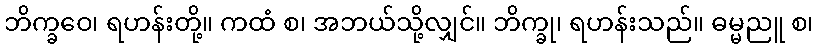
ဘိက္ခဝေ၊ ရဟန်းတို့။ ကထံ စ၊ အဘယ်သို့လျှင်။ ဘိက္ခု၊ ရဟန်းသည်။ ဓမ္မညူ စ၊